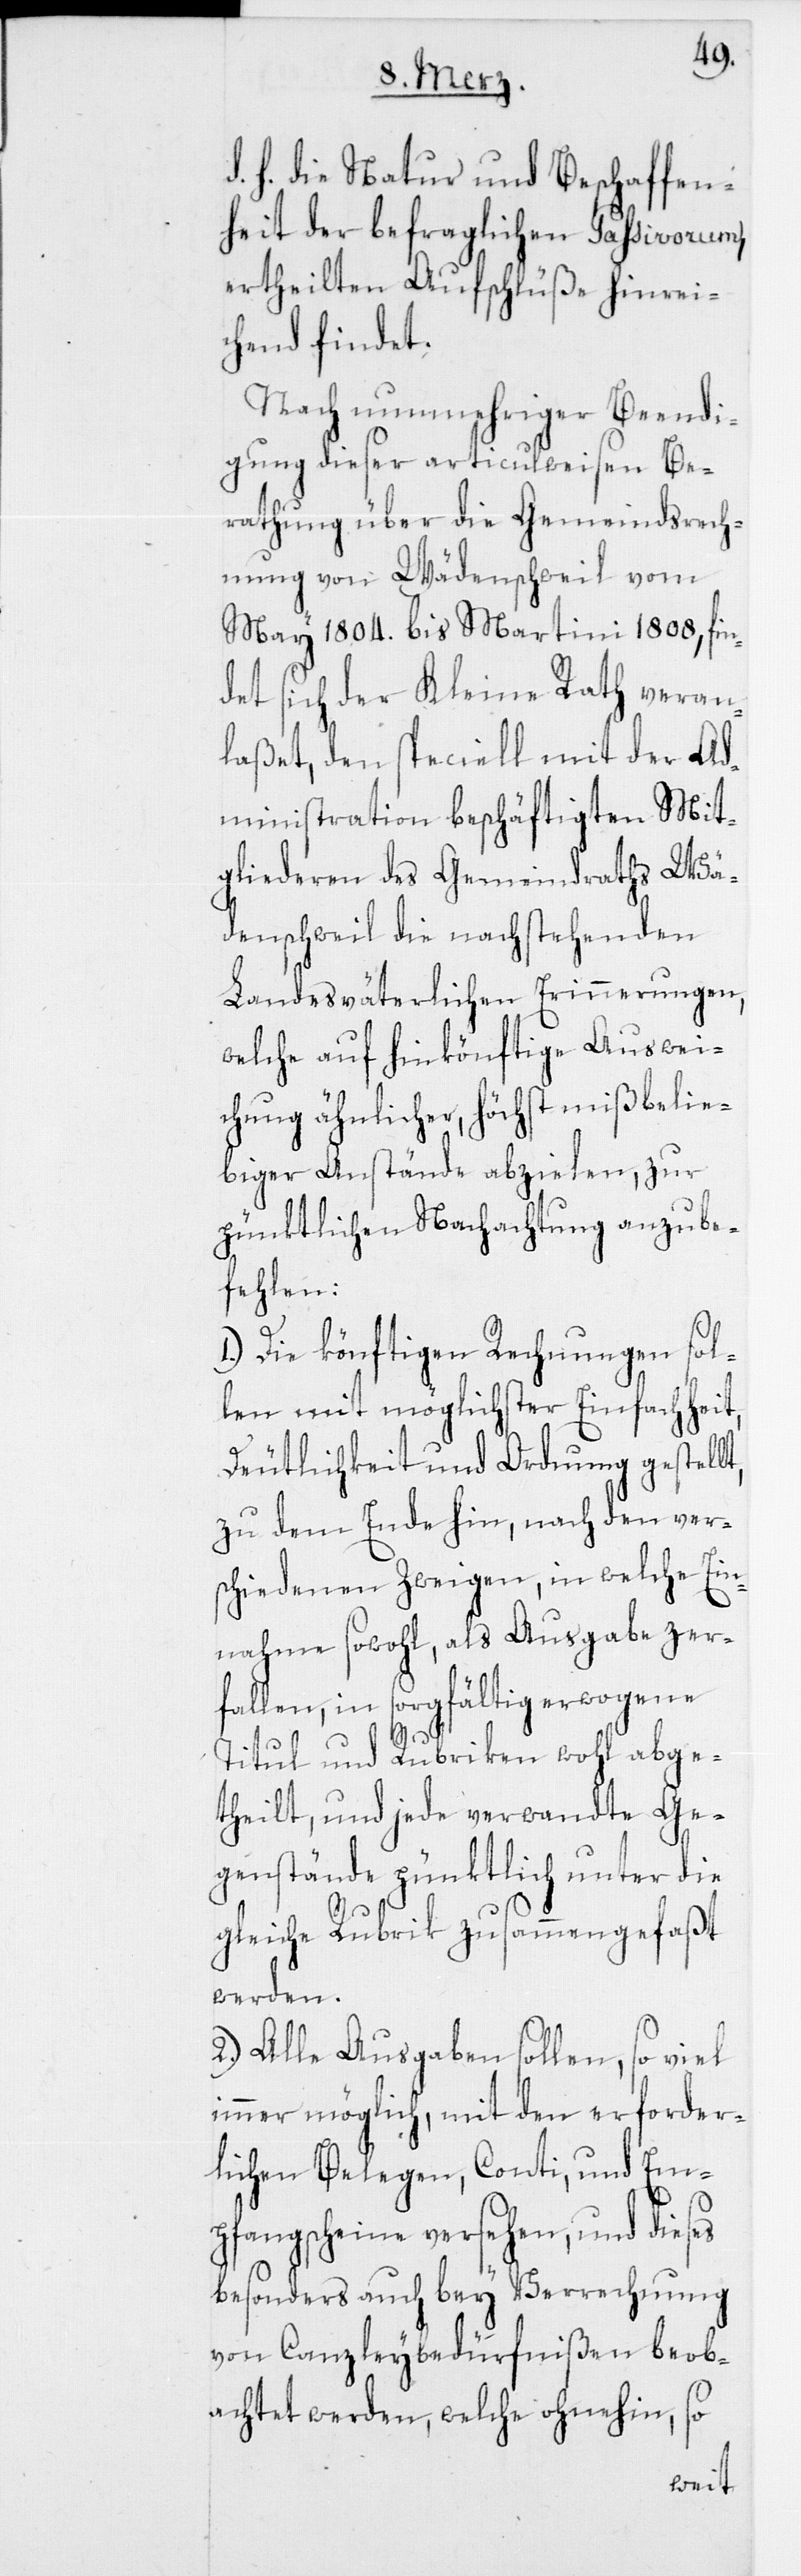
h. die Natur und Beschaffen¬
heit der befraglichen Passivorum,
ertheilten Aufschlüße hinrei¬
chend findet.
Nach nunmehriger Beendi¬
gung dieser articulweisen Be¬
rathung über die Gemeindsrech¬
nung von Wädenschweil vom
May 1804. bis Martini 1808, fin¬
det sich der Kleine Rath veran¬
laßet, den speciell mit der Ad¬
ministration beschäftigten Mit¬
gliederen des Gemeindraths Wä¬
denschweil die nachstehenden
Landesväterlichen Erinnerungen,
welche auf hinkönftige Auswei¬
chung ähnlicher, höchst mißbelie¬
biger Anstände abzielen, zur
pünktlichen Nachachtung anzube¬
fehlen:
1.) Die könftigen Rechnungen sol¬
len mit möglichster Einfachheit,
Deutlichkeit und Ordnung gestellt,
zu dem Ende hin, nach den ver¬
schiedenen Zweigen, in welche Ein¬
nahme sowohl, als Ausgabe zer¬
fallen, in sorgfältig erwogene
d.
Titul und Rubriken wohl abge¬
theilt, und jede verwandte Ge¬
genstände pünktlich unter die
gleiche Rubrik zusammengefaßt
werden.
2.) Alle Ausgaben sollen, so viel
immer möglich, mit den erforder¬
lichen Belegen, Conti, und Em¬
pfangscheine versehen, und dieses
besonders auch bey Verrechnung
von Canzleybedürfnißen beob¬
achtet werden, welche ohnehin, so